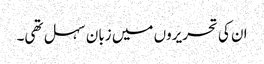
ان کی تحریروں میں زبان سہل تھی۔